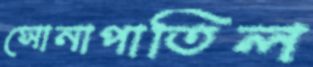
সোনাপাতিল